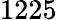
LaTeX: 1225